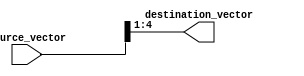
module part_select_assign_statement (
    input [7:0] source_vector,
    output [3:0] destination_vector
);

assign destination_vector = source_vector[4:1];

endmodule